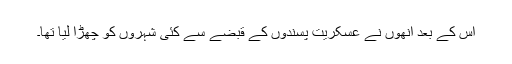
اس کے بعد انھوں نے عسکریت پسندوں کے قبضے سے کئی شہروں کو چھڑا لیا تھا۔